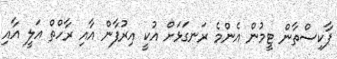
ޕާކިސްތާން ޓީމުން އެންމެ ރަނގަޅަށް އުކީ އިރުފާން އާއި ރާހްތް އަލީ އާއި